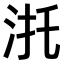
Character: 𣴜